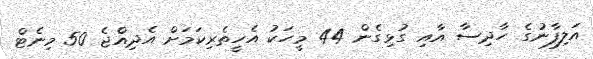
އަލިފާނުގެ ހާދިސާ އާއި ގުޅިގެން 44 މީހަކު އެހީތެރިކަމަށް އެދިއްޖެ 50 މިނެޓް